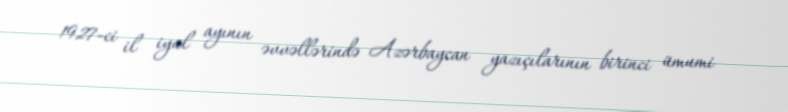
1927-ci il iyul ayının əvvəllərində Azərbaycan yazıçılarının birinci ümumi